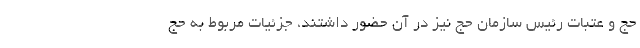
حج و عتبات رئیس سازمان حج نیز در آن حضور داشتند، جزئیات مربوط به حج